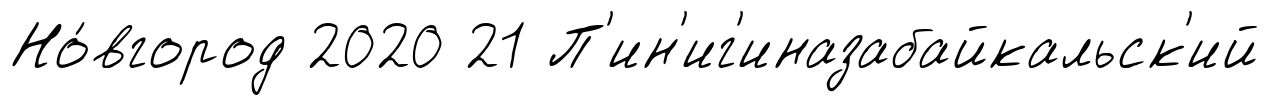
Но́вгород 2020 21 П'ин'иг'иназабайкальск'ий